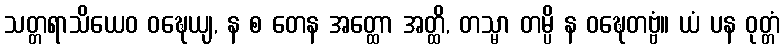
သတ္တရာသိယေဝ ဝဍ္ဎေယျ, န စ တေန အတ္ထော အတ္ထိ, တသ္မာ တမ္ပိ န ဝဍ္ဎေတဗ္ဗံ။ ယံ ပန ဝုတ္တံ